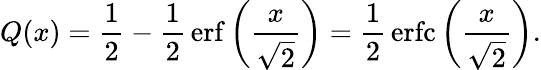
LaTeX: Q(x)={\frac{1}{2}}-{\frac{1}{2}}\operatorname{erf}\left({\frac{x}{\sqrt{2}}}\right)={\frac{1}{2}}\operatorname{erfc}\left({\frac{x}{\sqrt{2}}}\right).